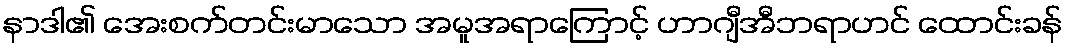
နာဒါ၏ အေးစက်တင်းမာသော အမူအရာကြောင့် ဟာဂျီအီဘရာဟင် ထောင်းခန်